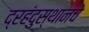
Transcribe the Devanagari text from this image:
द्रहंदुस्थानचे